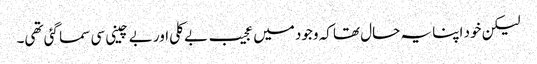
لیکن خود اپنا یہ حال تھا کہ وجود میں عجیب بے کلی اور بے چینی سی سما گئی تھی۔